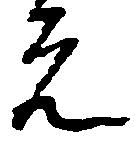
元